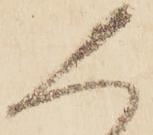
人